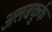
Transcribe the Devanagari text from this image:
अलबकुर्क